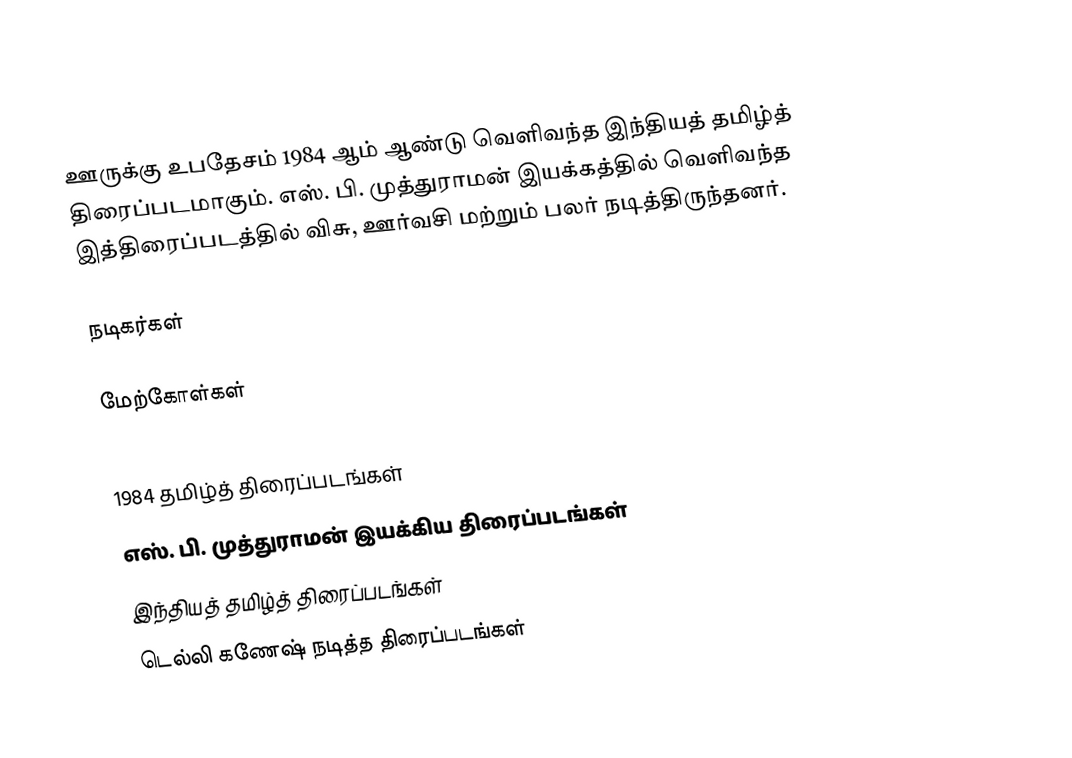
ஊருக்கு உபதேசம் 1984 ஆம் ஆண்டு வெளிவந்த இந்தியத் தமிழ்த் திரைப்படமாகும். எஸ். பி. முத்துராமன் இயக்கத்தில் வெளிவந்த இத்திரைப்படத்தில் விசு, ஊர்வசி மற்றும் பலர் நடித்திருந்தனர்.

நடிகர்கள்

மேற்கோள்கள்

1984 தமிழ்த் திரைப்படங்கள்
எஸ். பி. முத்துராமன் இயக்கிய திரைப்படங்கள்
இந்தியத் தமிழ்த் திரைப்படங்கள்
டெல்லி கணேஷ் நடித்த திரைப்படங்கள்